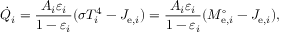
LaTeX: { \dot { Q } } _ { i } = { \frac { A _ { i } \varepsilon _ { i } } { 1 - \varepsilon _ { i } } } ( \sigma T _ { i } ^ { 4 } - J _ { \mathrm { e } , i } ) = { \frac { A _ { i } \varepsilon _ { i } } { 1 - \varepsilon _ { i } } } ( M _ { \mathrm { e } , i } ^ { \circ } - J _ { \mathrm { e } , i } ) ,